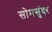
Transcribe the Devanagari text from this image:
सोमसुंदर